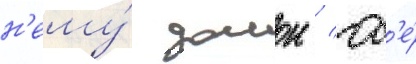
н'ему́ домои / гд'е́